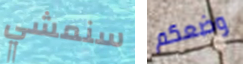
سنمشي وضعكم